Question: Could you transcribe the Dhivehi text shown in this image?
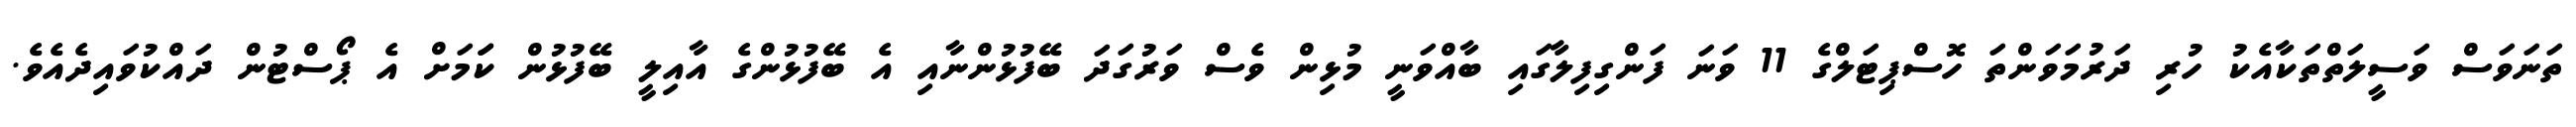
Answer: ތަނަވަސް ވަސީލަތްތަކާއެކު ހުރި ދަރުމަވަންތަ ހޮސްޕިޓަލްގެ 11 ވަނަ ފަންގިފިލާގައި ބާއްވަނީ މުޅިން ވެސް ވަރުގަދަ ބޭފުޅުންނާއި އެ ބޭފުޅުންގެ އާއިލީ ބޭފުޅުން ކަަމަށް އެ ޕޯސްޓުން ދައްކުވައިދެއެވެ.